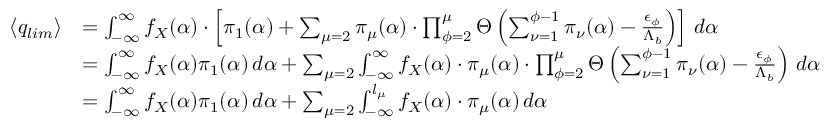
\begin{array} { r l } { \langle q _ { l i m } \rangle } & { = \int _ { - \infty } ^ { \infty } f _ { X } ( \alpha ) \cdot \left[ { \pi } _ { 1 } ( \alpha ) + \sum _ { \mu = 2 } { \pi } _ { \mu } ( \alpha ) \cdot \prod _ { \phi = 2 } ^ { \mu } \Theta \left( \sum _ { \nu = 1 } ^ { \phi - 1 } { \pi } _ { \nu } ( \alpha ) - \frac { { \epsilon } _ { \phi } } { { \Lambda } _ { b } } \right) \right] \, d \alpha } \\ & { = \int _ { - \infty } ^ { \infty } f _ { X } ( \alpha ) { \pi } _ { 1 } ( \alpha ) \, d \alpha + \sum _ { \mu = 2 } \int _ { - \infty } ^ { \infty } f _ { X } ( \alpha ) \cdot { \pi } _ { \mu } ( \alpha ) \cdot \prod _ { \phi = 2 } ^ { \mu } \Theta \left( \sum _ { \nu = 1 } ^ { \phi - 1 } { \pi } _ { \nu } ( \alpha ) - \frac { { \epsilon } _ { \phi } } { { \Lambda } _ { b } } \right) \, d \alpha } \\ & { = \int _ { - \infty } ^ { \infty } f _ { X } ( \alpha ) { \pi } _ { 1 } ( \alpha ) \, d \alpha + \sum _ { \mu = 2 } \int _ { - \infty } ^ { l _ { \mu } } f _ { X } ( \alpha ) \cdot { \pi } _ { \mu } ( \alpha ) \, d \alpha } \end{array}